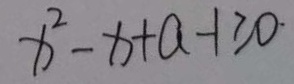
x ^ { 2 } - x + a - 1 \geq 0 \cdot